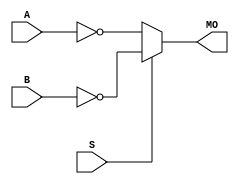
module arriaiigz_nmux21 (MO, A, B, S);
   input A, B, S; 
   output MO; 
   assign MO = (S == 1) ? ~B : ~A; 
endmodule